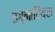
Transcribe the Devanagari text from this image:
इग्नाटियस